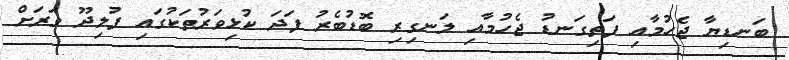
ބަނޑިޔާ ޖެހުމާއި ފަތިގަނޑު ޖެހުމާއި ލަނގިރި ބޮޑުބެރު ފަދަ ކުޅިވަރުތަކުގައި ފުލިދޫ ވަރަށް